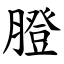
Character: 膯